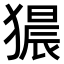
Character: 𤡠